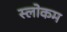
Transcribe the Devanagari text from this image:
स्‍लोकम